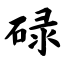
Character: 碌